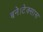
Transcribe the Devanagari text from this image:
बने।टेक्सास